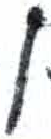
אות: נ